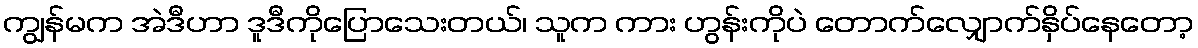
ကျွန်မက အဲဒီဟာ ဒူဒီကိုပြောသေးတယ်၊ သူက ကား ဟွန်းကိုပဲ တောက်လျှောက်နှိပ်နေတော့